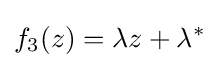
f_{3}(z)=\lambda z+\lambda ^{*}